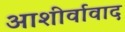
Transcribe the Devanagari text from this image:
आशीर्वावाद